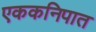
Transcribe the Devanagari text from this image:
एककनिपात